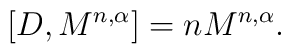
\lbrack D,M^{n,\alpha }]=nM^{n,\alpha }.